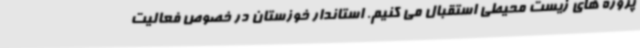
پروژه های زیست محیطی استقبال می کنیم. استاندار خوزستان در خصوص فعالیت